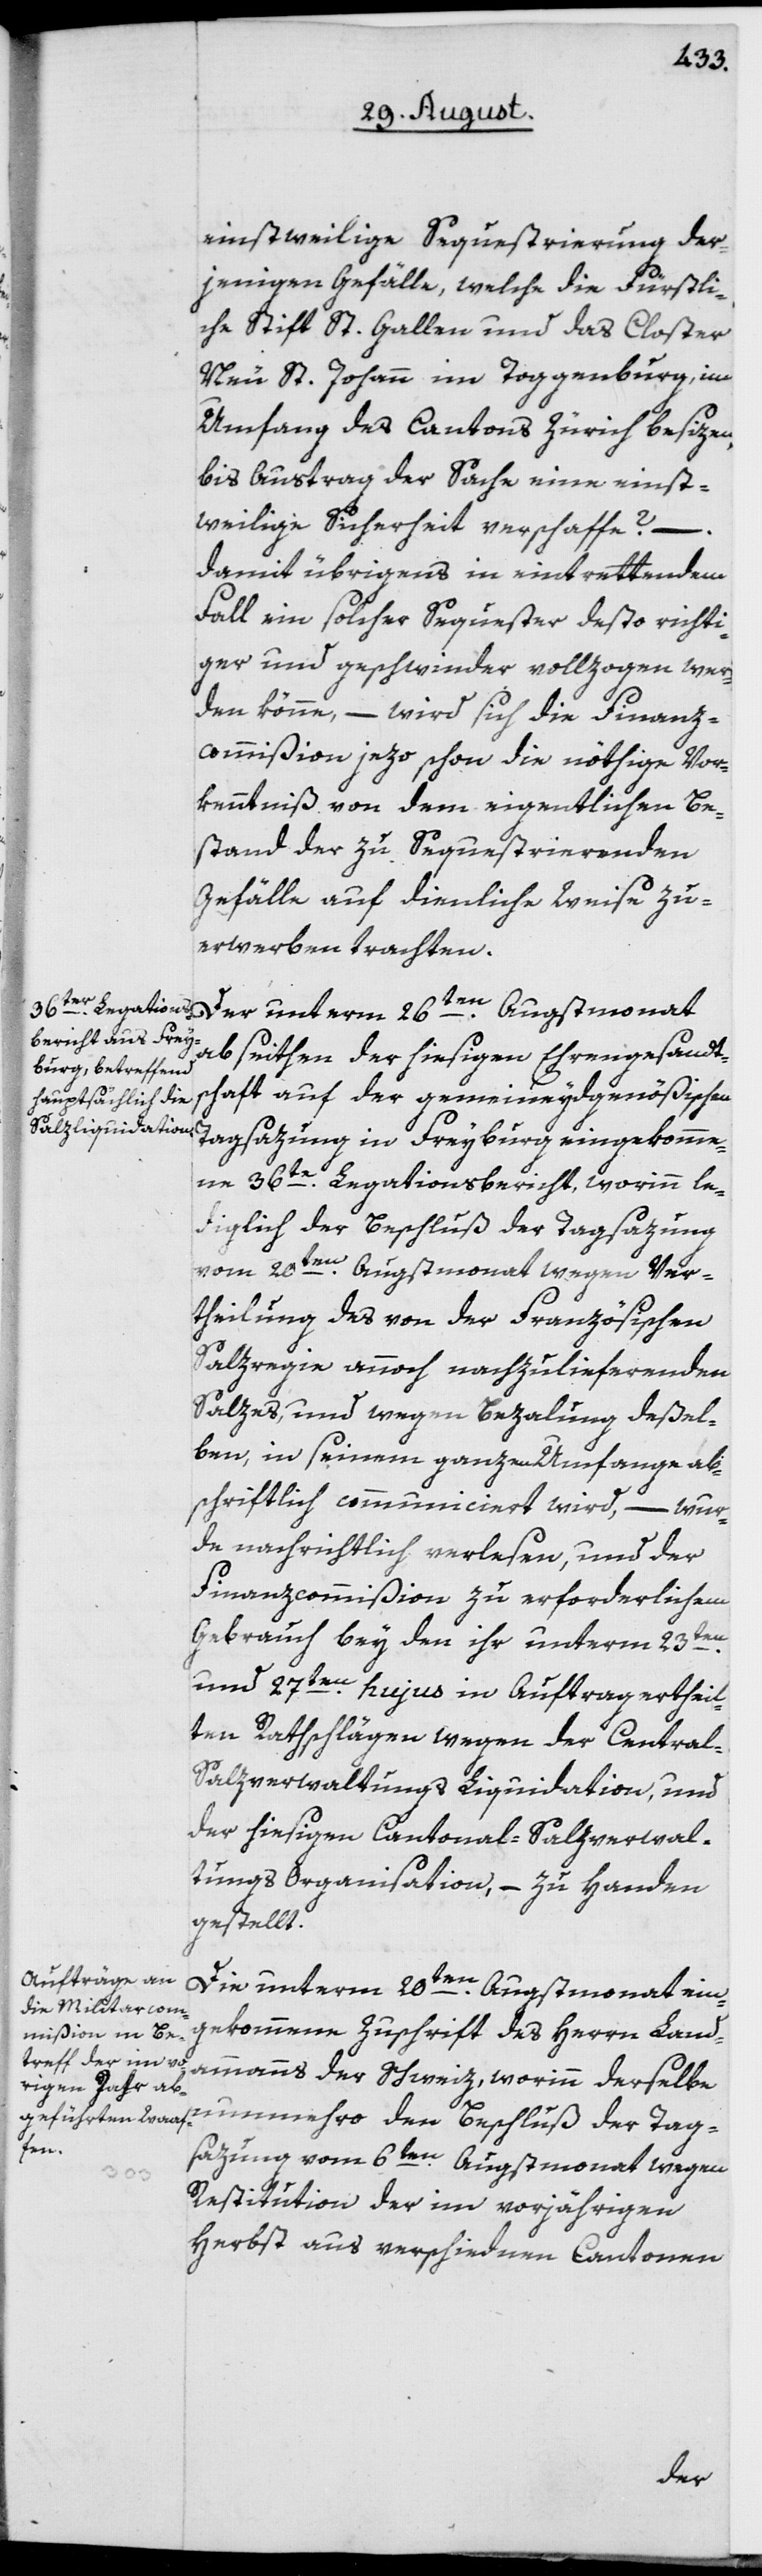
einstweilige Sequestrierung der¬
jenigen Gefälle, welche die Fürstli¬
che Stift St. Gallen und das Closter
Neu St. Johann im Toggenburg, im
Umfang des Cantons Zürich besizen,
bis Austrag der Sache eine einst¬
weilige Sicherheit verschaffe? –.
damit übrigens in eintrettendem
Fall ein solcher Sequester desto richti¬
ger und geschwinder vollzogen wer¬
den könne, – wird sich die Finanz¬
commißion jezo schon die nöthige Vor¬
kenntniß von dem eigentlichen Be¬
stand der zu Sequestrierenden
Gefälle auf dienliche Weise zu
erwerben trachten.
abseithen der hiesigen Ehrengesandt¬
schaft auf der gemeineydgenößischen
Tagsazung in Freyburg eingekomme¬
ne 36te Legationsbericht, worinn le¬
diglich der Beschluß der Tagsazung
vom 20ten Augstmonat wegen Ver¬
theilung des von der Französischen
Salzregie annoch nachzulieferenden
Salzes, und wegen Bezalung deßel¬
ben, in seinem ganzen Umfange ab¬
schriftlich communiciert wird, – wur¬
de nachrichtlich verlesen, und der
Finanzcommißion zu erforderlichem
Gebrauch bey den ihr unterm 23ten
und 27ten hujus in Auftrag ertheil¬
ten Rathschlägen wegen der Central-S¬
alzverwaltungs Liquidation, und
der hiesigen Cantonal-Salzverwal¬
tungs Organisation, – zu Handen
gestellt.
Die unterm 20ten Augstmonat ein¬
gekommene Zuschrift des Herrn Land¬
ammanns der Schweiz, worinn derselbe
nunmehro den Beschluß der Tag¬
sazung vom 6ten Augstmonat wegen
Restitution der im vorjährigen
Herbst aus verschiednen Cantonen